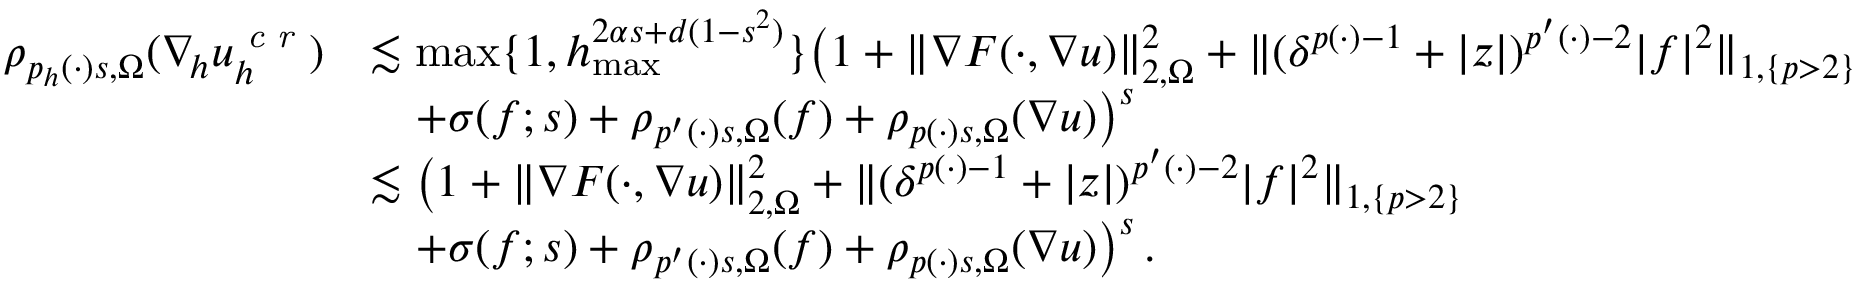
\begin{array} { r l } { \rho _ { p _ { h } ( \cdot ) s , \Omega } ( \nabla _ { \! h } u _ { h } ^ { \textit { c r } } ) } & { \lesssim \operatorname* { m a x } \{ 1 , h _ { \operatorname* { m a x } } ^ { 2 \alpha s + d ( 1 - s ^ { 2 } ) } \} \big ( 1 + \| \nabla F ( \cdot , \nabla u ) \| _ { 2 , \Omega } ^ { 2 } + \| ( \delta ^ { p ( \cdot ) - 1 } + \vert z \vert ) ^ { p ^ { \prime } ( \cdot ) - 2 } \vert f \vert ^ { 2 } \| _ { 1 , \{ p > 2 \} } } \\ & { \quad + \sigma ( f ; s ) + \rho _ { p ^ { \prime } ( \cdot ) s , \Omega } ( f ) + \rho _ { p ( \cdot ) s , \Omega } ( \nabla u ) \big ) ^ { s } } \\ & { \lesssim \big ( 1 + \| \nabla F ( \cdot , \nabla u ) \| _ { 2 , \Omega } ^ { 2 } + \| ( \delta ^ { p ( \cdot ) - 1 } + \vert z \vert ) ^ { p ^ { \prime } ( \cdot ) - 2 } \vert f \vert ^ { 2 } \| _ { 1 , \{ p > 2 \} } } \\ & { \quad + \sigma ( f ; s ) + \rho _ { p ^ { \prime } ( \cdot ) s , \Omega } ( f ) + \rho _ { p ( \cdot ) s , \Omega } ( \nabla u ) \big ) ^ { s } \, . } \end{array}